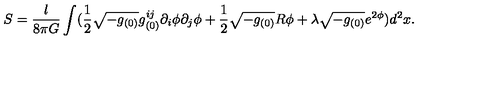
S = \frac { l } { 8 \pi G } \int ( \frac { 1 } { 2 } \sqrt { - g _ { ( 0 ) } } g _ { ( 0 ) } ^ { i j } \partial _ { i } \phi \partial _ { j } \phi + \frac { 1 } { 2 } \sqrt { - g _ { ( 0 ) } } R \phi + \lambda \sqrt { - g _ { ( 0 ) } } e ^ { 2 \phi } ) d ^ { 2 } x .